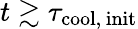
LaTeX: t\gtrsim\tau_{\mathrm{cool,\, init}}